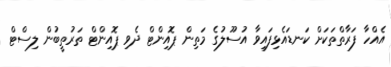
އެއްހާ ފަރާތްތަކަށް ކަނޑައެޅިފައިވާ އުސޫލުގެ މަތިން ޕޮއިންޓް ދެވި ޕޮއިންޓް ތަރުތީބުން ލިސްޓް